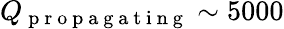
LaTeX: Q_{\mathrm{~p~r~o~p~a~g~a~t~i~n~g~}}\sim 5000